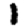
Digit: 1